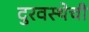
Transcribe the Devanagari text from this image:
दुरवस्थेची